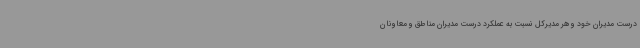
درست مدیران خود و هر مدیرکل نسبت به عملکرد درست مدیران مناطق و معاونان